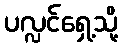
ပလ္လင်ရှေ့သို့